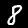
Digit: 8